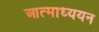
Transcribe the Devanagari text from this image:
आत्माध्ययन